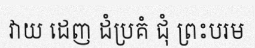
វាយ ដេញ ដំប្រគំ ជុំ ព្រះបរម